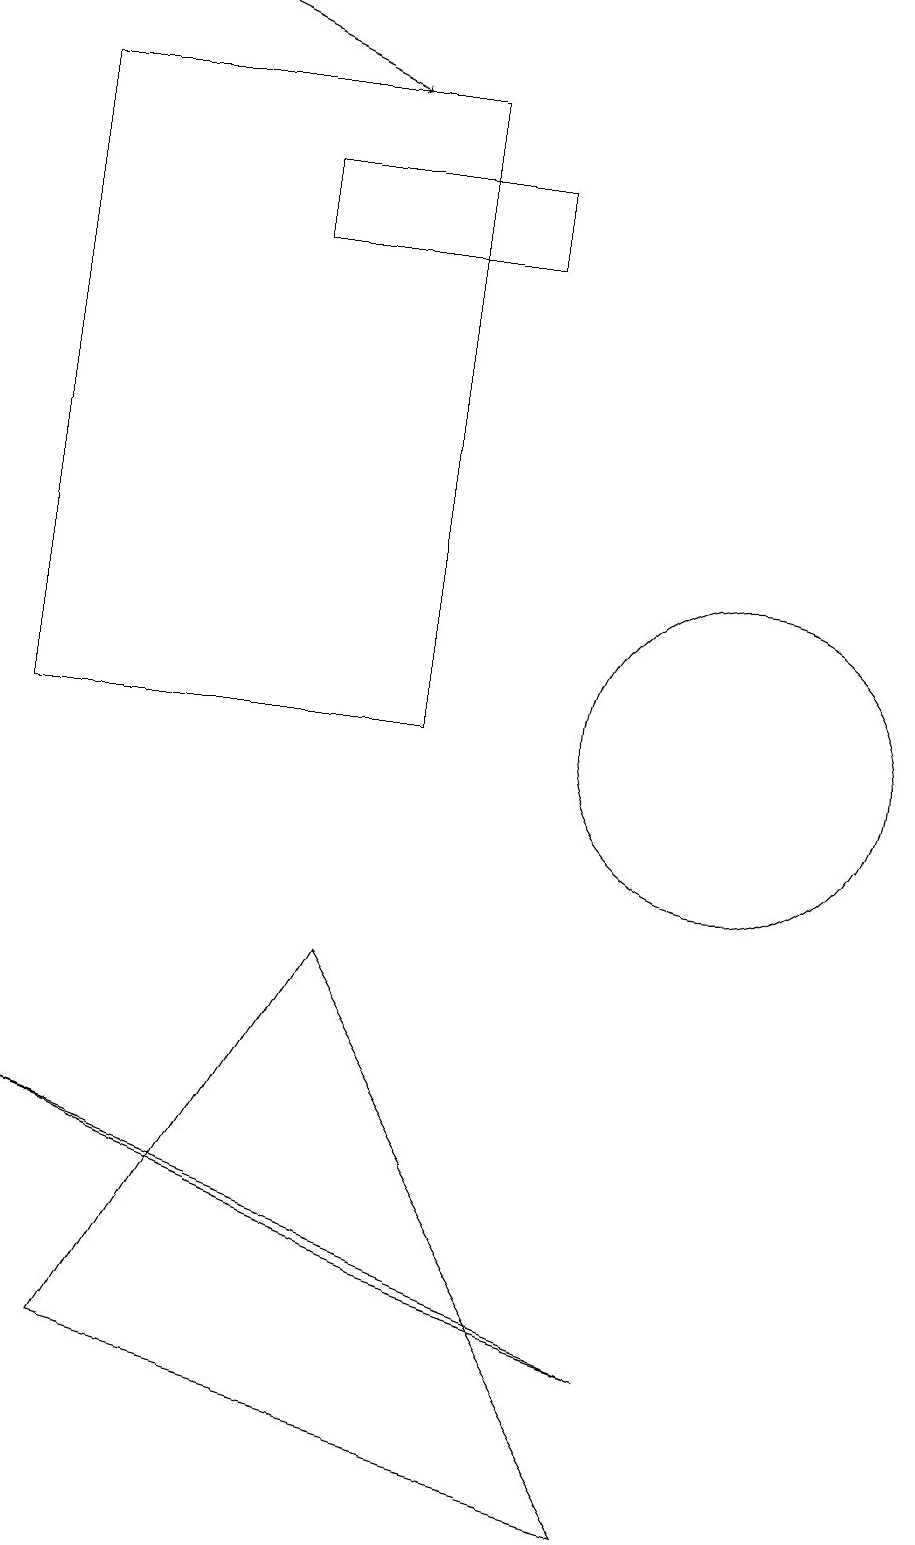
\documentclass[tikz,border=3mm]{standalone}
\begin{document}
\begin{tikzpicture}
\draw (6,18) rectangle (1,10);
\draw (9,0) -- (5,7) -- (2,2) -- cycle;
\draw[->] (3,19) -- (5,18);
\draw (7,17) rectangle (4,16);
\draw (9,2) -- (1,5) -- (6,3) -- cycle;
\draw (10,10) circle (2);
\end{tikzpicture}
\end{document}